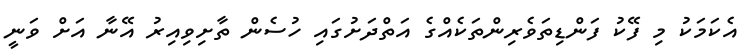
އެކަމަކު މި ފޭކު ފަންޑިތަވެރިންތަކެއްގެ އަތްދަށުގައި ހުސެން ތާށިވިއިރު އޭނާ އަށް ވަނީ